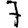
Digit: 7